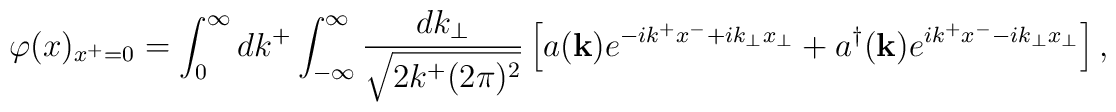
\varphi(x)_{x^+=0}  =  \int_0^\infty dk^+  \int_{-\infty}^\infty  \frac{dk_\perp}{\sqrt{2k^+ (2\pi)^2}}  \left[    a({\bf k})    e^{-ik^+ x^- + ik_\perp x_\perp}    +    a^\dagger({\bf k})    e^{ik^+ x^- - ik_\perp x_\perp}  \right],